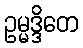
ဥမ္မဒ္ဒိတေ